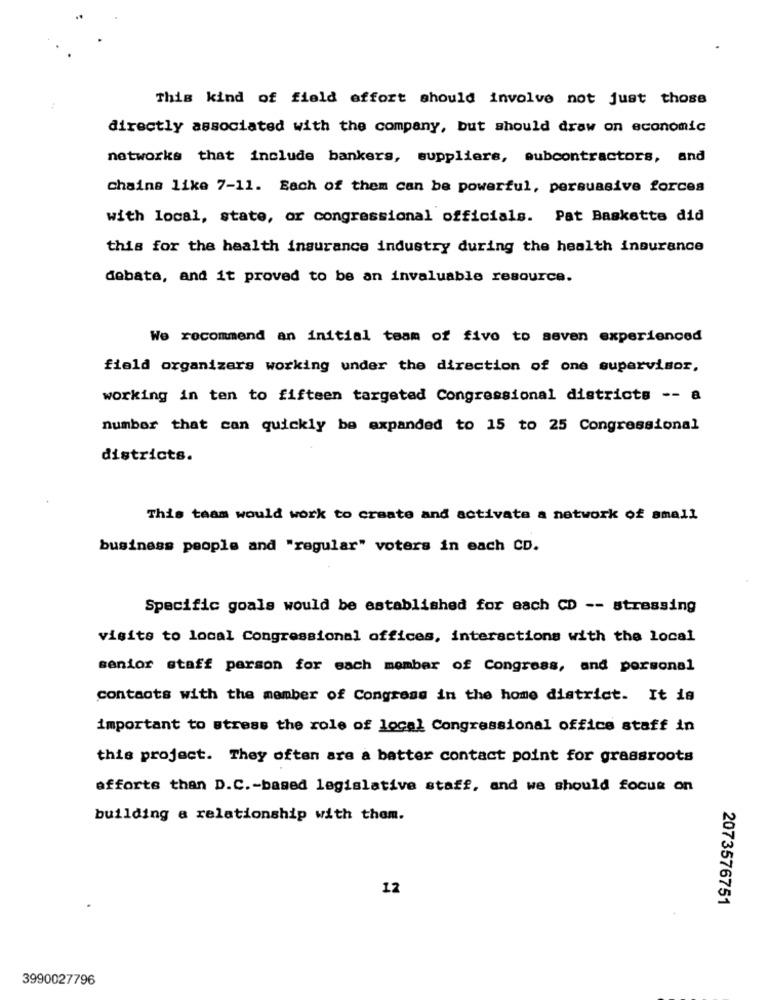
This kind of field effort should involve not just those
directly associated with the company, but should draw on economic
networks that include bankers, suppliers, subcontractors, and
chains like 7-11. Each of them can be powerful, persuasive forces
with local, state, or congressional officials. Pat Baskette did
this for the health insurance industry during the health insurance
debate, and it proved to be an invaluable resource.
We recommend an initial team of five to seven experienced
field organizers working under the direction of one supervisor,
working in ten to fifteen targeted Congressional districts -- a
number that can quickly be expanded to 15 to 25 Congressional
districts.
This team would work to create and activate a network of small
business people and "regular" voters in each CD.
Specific goals would be established for each CD -- stressing
visits to local Congressional offices, interactions with the local
senior staff person for each member of Congress, and personal
contacts with the member of Congress in the home district. It is
important to stress the role of local Congressional office staff in
this project. They often are a batter contact point for grassroots
afforte than D.C .- based legislative staff, and we should focus on
building a relationship with them.
12
2073576751
3990027796